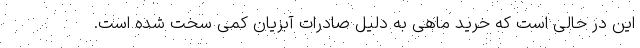
این در حالی است که خرید ماهی به دلیل صادرات آبزیان کمی سخت شده است.